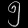
Digit: ၅